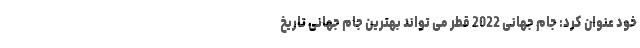
خود عنوان کرد: جام جهانی 2022 قطر می تواند بهترین جام جهانی تاریخ